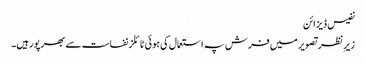
نفیس ڈیزائن
زیرِ نظر تصویر میں فرش پہ استعمال کی ہوئی ٹائلز نفاست سے بھرپور ہیں۔